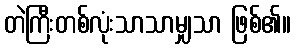
တဲကြီးတစ်လုံးသာသာမျှသာ ဖြစ်၏။